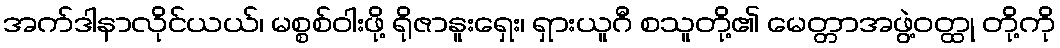
အက်ဒါနာလိုင်ယယ်၊ မစ္စစ်ဝါးဖို့ ရိုဇာနူးရှေး၊ ရှားယူဂီ စသူတို့၏ မေတ္တာအဖွဲ့ဝတ္ထု တို့ကို